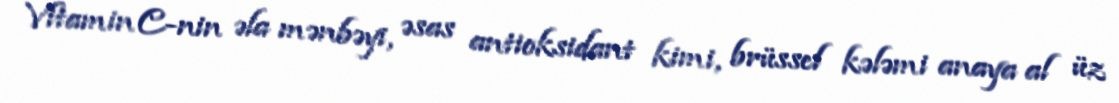
Vitamin C-nin əla mənbəyi, əsas antioksidant kimi, brüssel kələmi anaya al üz